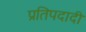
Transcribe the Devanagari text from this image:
प्रतिपदादी